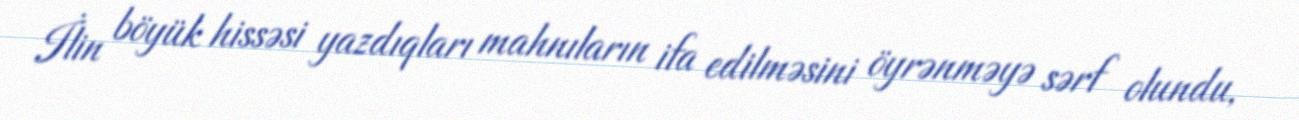
İlin böyük hissəsi yazdıqları mahnıların ifa edilməsini öyrənməyə sərf olundu,